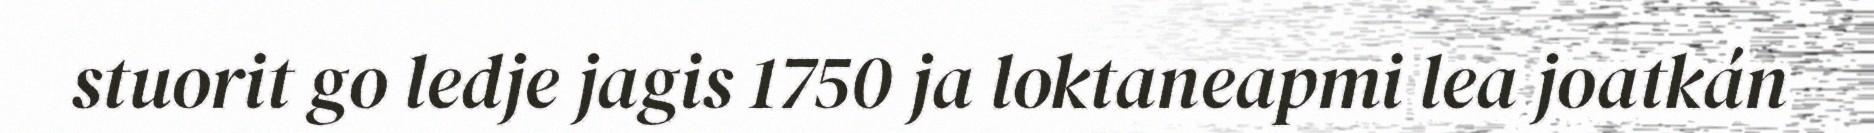
stuorit go ledje jagis 1750 ja loktaneapmi lea joatkán